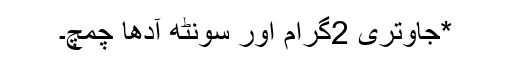
*جاوتری 2گرام اور سونٹھ آدھا چمچ۔